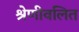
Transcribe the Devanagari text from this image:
श्रेणीवलित